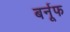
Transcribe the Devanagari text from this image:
बर्नूफ